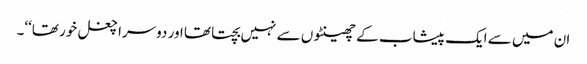
ان میں سے ایک پیشاب کے چھینٹوں سے نہیں بچتا تھا اور دوسرا چغل خور تھا‘‘۔